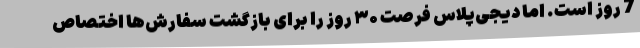
7 روز است. اما دیجی‌پلاس فرصت ۳۰ روز را برای بازگشت سفارش‌ها اختصاص